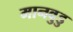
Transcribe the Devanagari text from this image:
मानवुडु